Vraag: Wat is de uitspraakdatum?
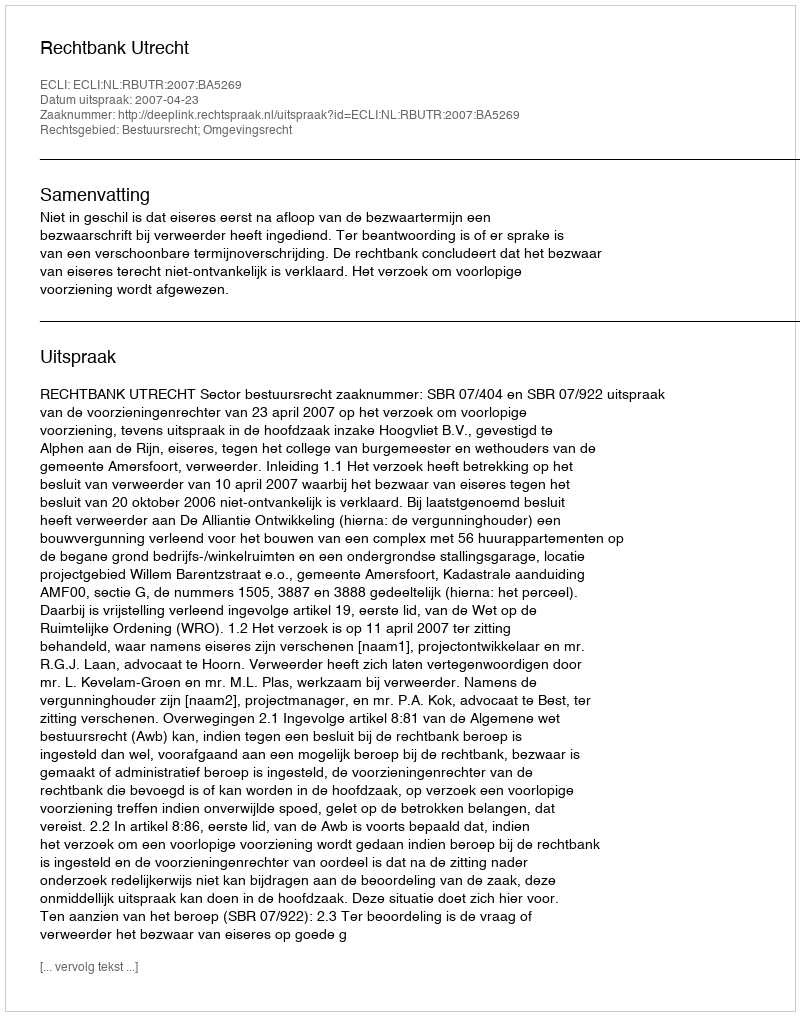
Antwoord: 2007-04-23